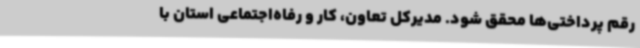
رقم پرداختی‌ها محقق شود. مدیرکل تعاون، کار و رفاه‌اجتماعی استان با